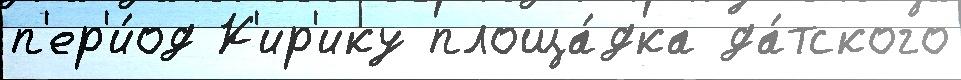
п'ер'и́од К'ир'ику площа́дка да́тского